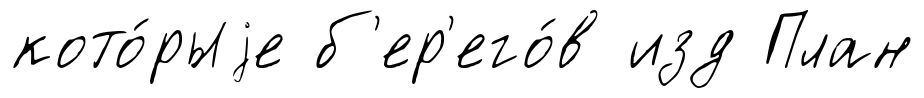
кото́рыjе б'ер'его́в изд План